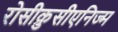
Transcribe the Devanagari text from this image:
रोसीक्रुसीएनिज्म